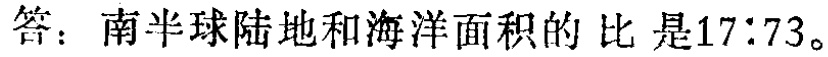
答：南半球陆地和海洋面积的比是\(17:73\)。